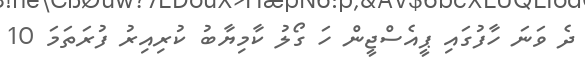
ދެ ވަނަ ހާފުގައި ޕީއެސްޖީން ހަ ގޯލު ކާމިޔާބު ކުރިއިރު ފުރަތަމަ 10